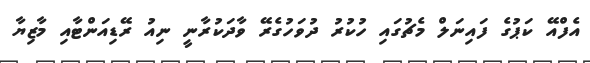
އެފްއޭ ކަޕުގެ ފައިނަލް މެޗުގައި ހުކުރު ދުވަހުގެރޭ ވާދަކުރާނީ ނިއު ރޭޑިއަންޓާއި މާޒިޔާ